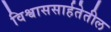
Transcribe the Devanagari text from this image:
विश्वाससार्हतेतील